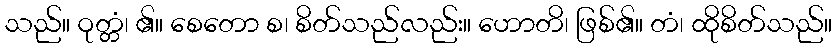
သည်။ ဝုတ္တံ၊ ၏။ စေတော စ၊ စိတ်သည်လည်း။ ဟောတိ၊ ဖြစ်၏။ တံ၊ ထိုစိတ်သည်။